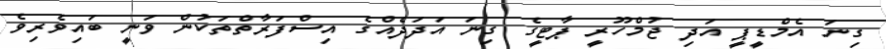
ގިނަ އެމްޑީޕީ އަދި ޖުމްހޫރީ ޕާޓީގެ ގިނަ އަދަދެއްގެ އިސްފަރާތްތަކުން ވަނީ ބައިވެރިވެ